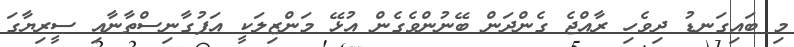
މި ބައިގަނޑު ދިވެހި ރާއްޖެ ގެންދަން ބޭނުންވެގެން އުޅޭ މަންޒިލަކީ އަފުގާނިސްތާނާއި ސީރިޔާގަ